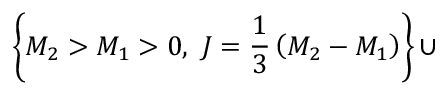
\left\{ M _ { 2 } > M _ { 1 } > 0 , ~ J = { \frac { 1 } { 3 } } \left( M _ { 2 } - M _ { 1 } \right) \right\} \cup